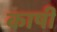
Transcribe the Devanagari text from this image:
काषी